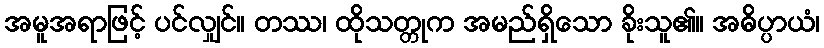
အမူအရာဖြင့် ပင်လျှင်။ တဿ၊ ထိုသတ္တုက အမည်ရှိသော ခိုးသူ၏။ အဓိပ္ပာယံ၊